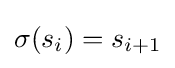
\sigma (s_{i})=s_{i+1}